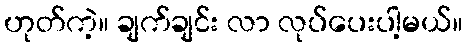
ဟုတ်ကဲ့။ ချက်ချင်း လာ လုပ်ပေးပါ့မယ်။